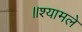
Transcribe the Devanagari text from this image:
॥श्यामले